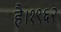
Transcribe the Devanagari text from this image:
है।१९६२